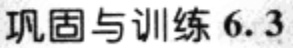
巩固与训练 6.3